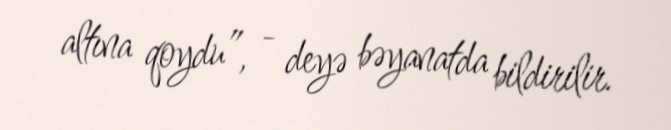
altına qoydu”, - deyə bəyanatda bildirilir.